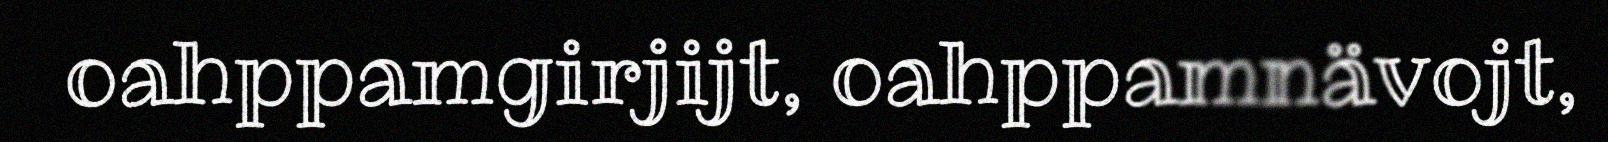
oahppamgirjijt, oahppamnävojt,